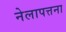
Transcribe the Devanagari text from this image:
नेलापत्तना